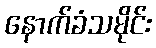
နောက်ခံသမိုင်း